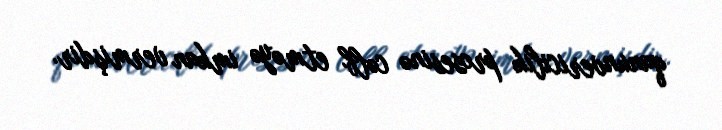
qanunvericilik prosesinə cəlb etməyə imkan vermişdir.